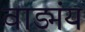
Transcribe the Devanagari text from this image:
वाड्मंय